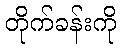
တိုက်ခန်းကို